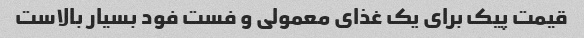
قیمت پیک برای یک غذای معمولی و فست فود بسیار بالاست